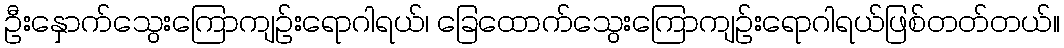
ဦးနှောက်သွေးကြောကျဉ်းရောဂါရယ်၊ ခြေထောက်သွေးကြောကျဉ်းရောဂါရယ်ဖြစ်တတ်တယ်။